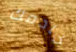
خادمك